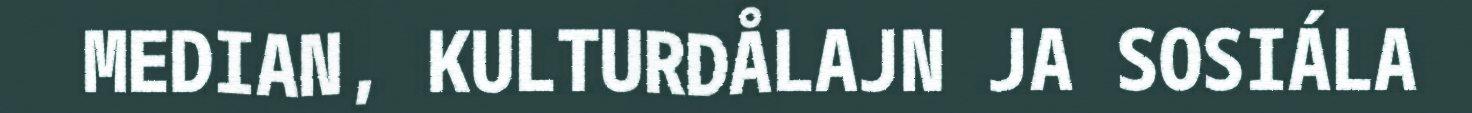
MEDIAN, KULTURDÅLAJN JA SOSIÁLA